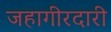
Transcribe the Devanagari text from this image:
जहागीरदारी